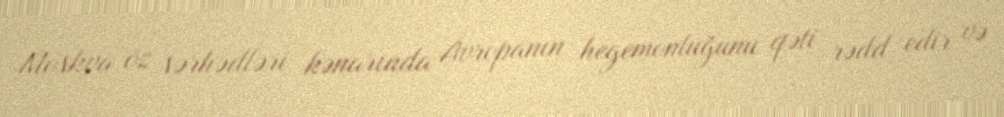
Moskva öz sərhədləri kənarında Avropanın hegemonluğunu qəti rədd edir və